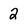
Character: 2